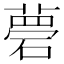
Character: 𥕗